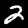
Label: 2